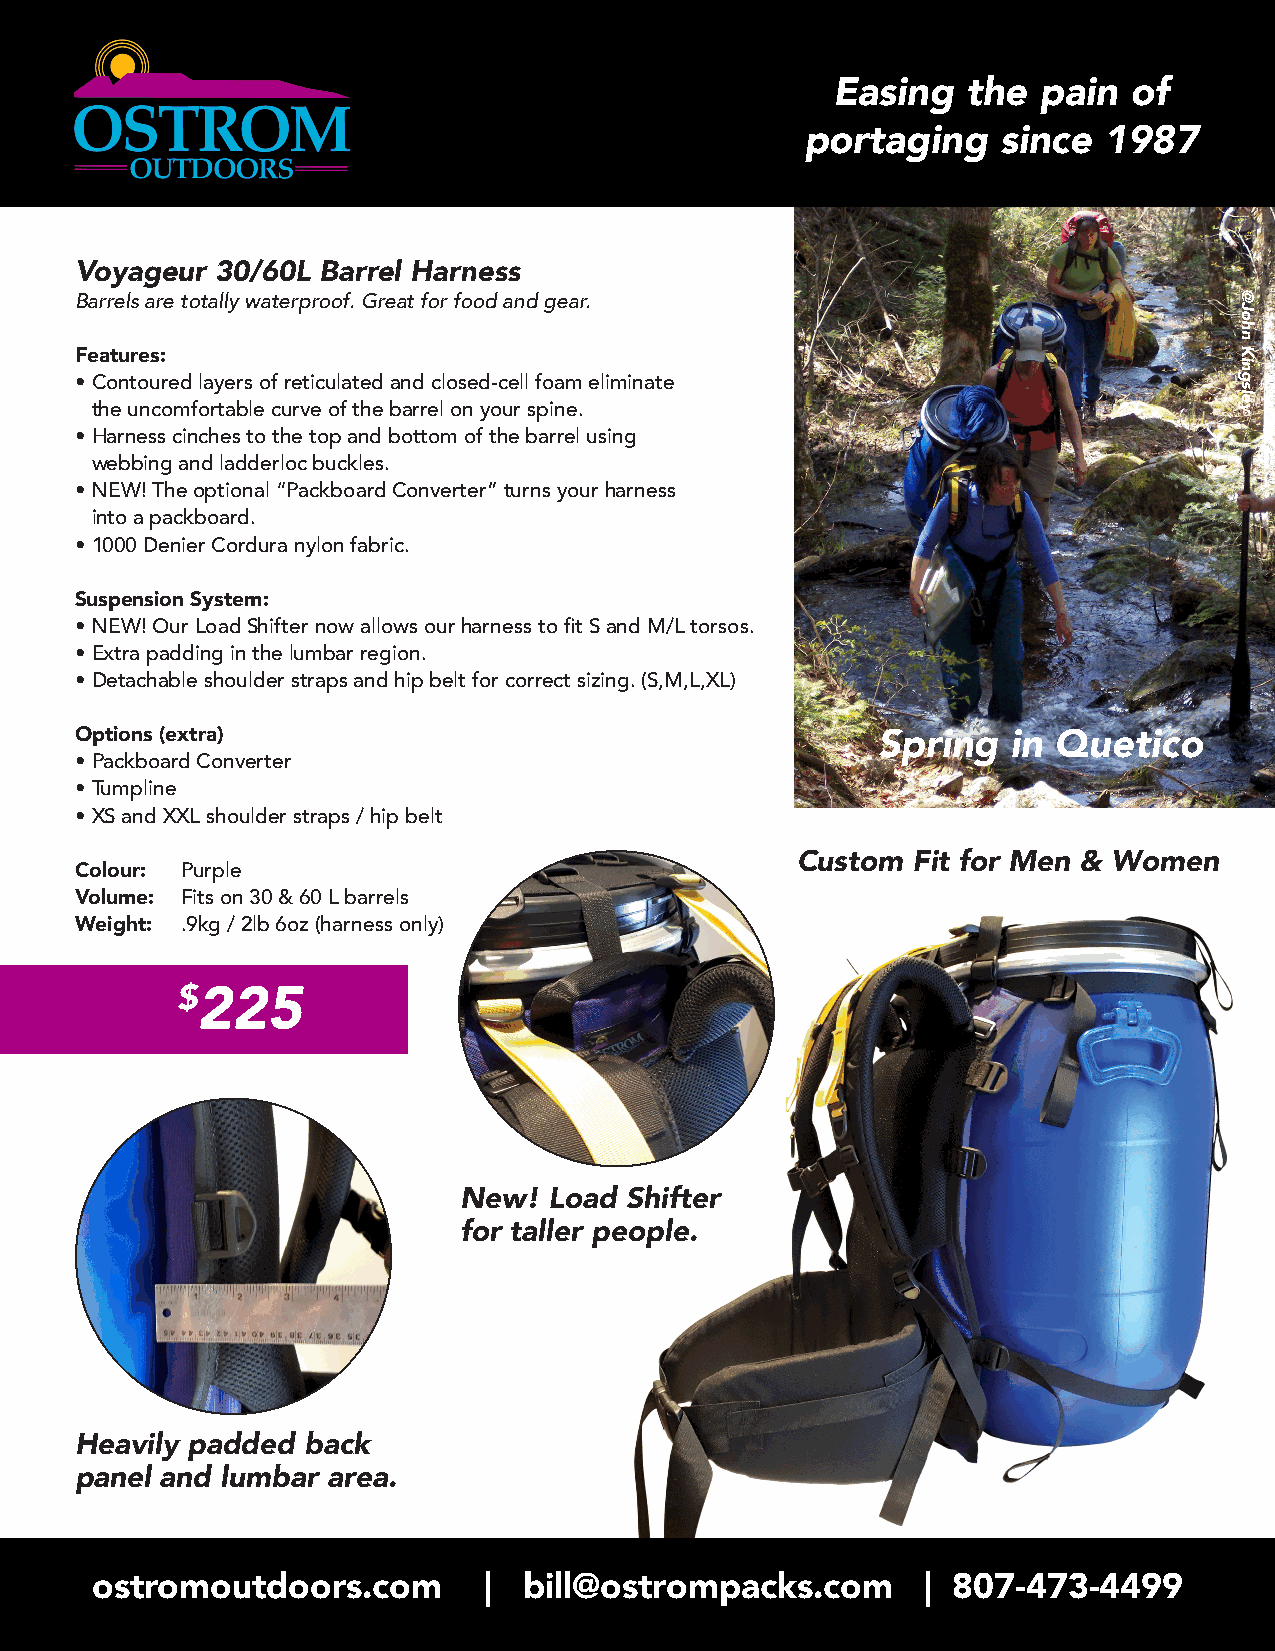
Easing   the  pain  of
 portaging    since  1987
 Voyageur 30/60L Barrel Harness
 Barrels are totally waterproof. Great for food and gear.
 Features:
 • Contoured layers of reticulated and closed-cell foam eliminate
 the uncomfortable curve of the barrel on your spine.
 • Harness cinches to the top and bottom of the barrel using
 webbing and ladderloc buckles.
 • NEW! The optional “Packboard Converter” turns your harness
 into a packboard.
 • 1000 Denier Cordura nylon fabric.
 Suspension System:
 • NEW! Our Load Shifter now allows our harness to fit S and M/L torsos.
 • Extra padding in the lumbar region.
 • Detachable shoulder straps and hip belt for correct sizing. (S,M,L,XL)
 Options (extra)                                      Spring   in Quetico
 • Packboard Converter
 • Tumpline
 • XS and XXL shoulder straps / hip belt
 Custom Fit for Men & Women
 Colour: Purple
 Volume: Fits on 30 & 60 L barrels
 Weight: .9kg / 2lb 6oz (harness only)
 $
 225
 New!  Load Shifter
 for taller people.
 Heavily padded back
 panel and lumbar area.
 ostromoutdoors.com        |  bill@ostrompacks.com      | 807-473-4499
 @John
 Kingsley